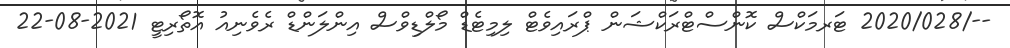
--/2020/028 ޓަރމަކްސް ކޮންސްޓްރަކްޝަން ޕްރައިވެޓް ލިމިޓެޑް މޯލްޑިވްސް އިންލަންޑް ރެވެނިއު އޮތޯރިޓީ 2021-08-22